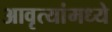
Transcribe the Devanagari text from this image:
आवृत्यांमध्ये